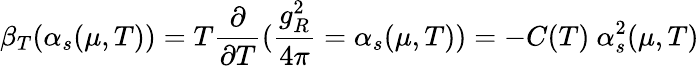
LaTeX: \beta_{T}(\alpha_{s}(\mu,T))=T\frac{\partial}{\partial T}(\frac{g_{R}^{2}}{4\pi}=\alpha_{s}(\mu,T))=-C(T)\ \alpha_{s}^{2}(\mu,T)